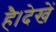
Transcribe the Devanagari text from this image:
है।देखें